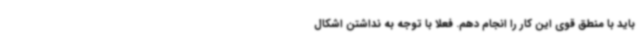
باید با منطق قوی این کار را انجام دهم. فعلا با توجه به نداشتن اشکال